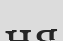
ня